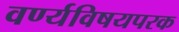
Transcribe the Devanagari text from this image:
वर्ण्यविषयपरक